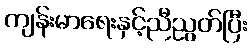
ကျန်းမာရေးနှင့်ညီညွတ်ပြီး